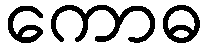
ကောဓ